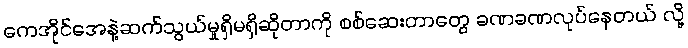
ကေအိုင်အေနဲ့ဆက်သွယ်မှုရှိမရှိဆိုတာကို စစ်ဆေးတာတွေ ခဏခဏလုပ်နေတယ် လို့